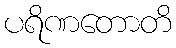
ပရိဏတောတိ